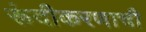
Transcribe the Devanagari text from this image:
रूंदीकरणाची